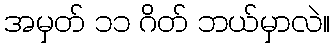
အမှတ် ၁၁ ဂိတ် ဘယ်မှာလဲ။